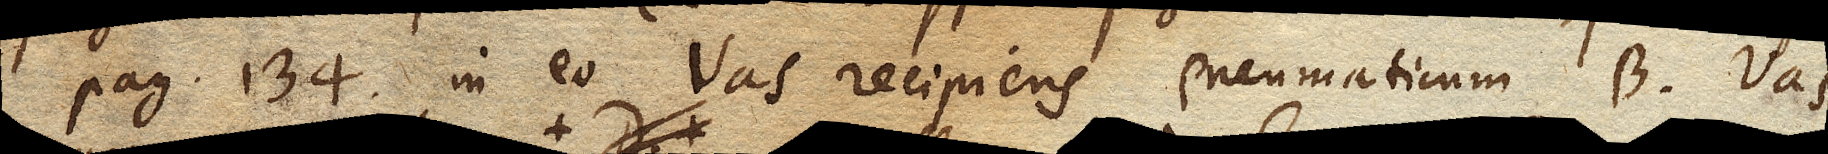
pag. 134 in eo Vas Recipiens pneumaticum B. Vas